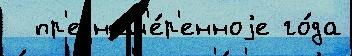
  пр'еднам'е́р'енноjе го́да